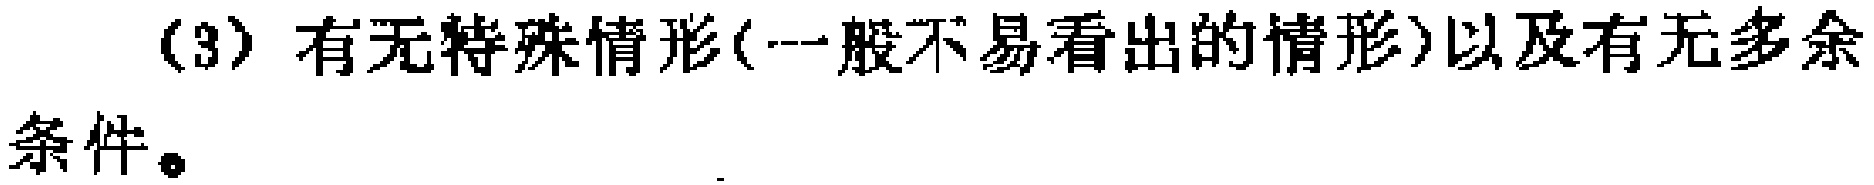
(3) 有无特殊情形(一般不易看出的情形)以及有无多余条件。